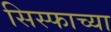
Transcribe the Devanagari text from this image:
सिस्फाच्या